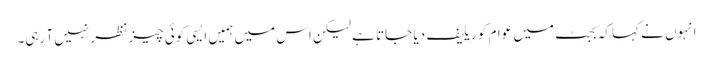
انہوں نے کہا کہ بجٹ میں عوام کو ریلیف دیا جاتا ہے لیکن اس میں ہمیں ایسی کوئی چیز نظر نہیں آ رہی۔